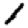
Digit: 1